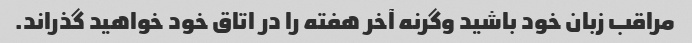
مراقب زبان خود باشید وگرنه آخر هفته را در اتاق خود خواهید گذراند.